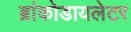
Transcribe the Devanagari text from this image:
ब्रांकोडायलेटर